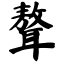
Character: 聱